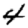
Digit: 4